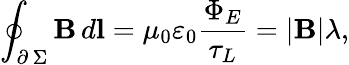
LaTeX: \oint_{\scriptstyle\partial\, \Sigma}\textbf{B}\, d\textbf{l}=\mu_{0}\varepsilon_{0}\frac{\Phi_{E}}{\tau_{L}}=|\textbf{B}|\lambda,